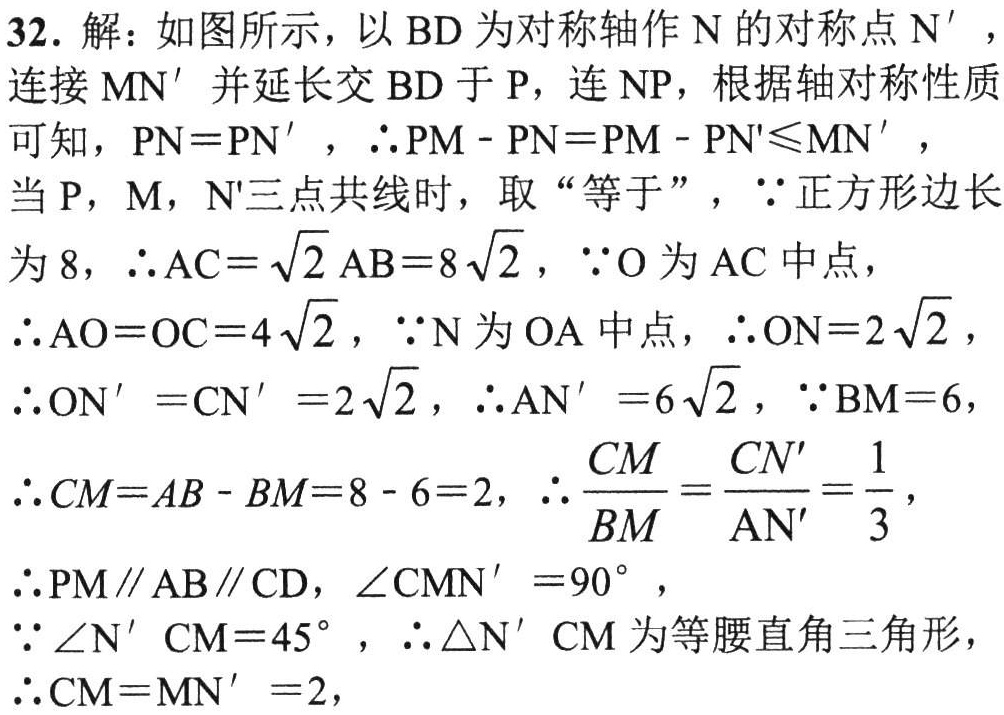
32. 解：如图所示，以 \(BD\) 为对称轴作 \(N\) 的对称点 \(N'\)，
连接 \(MN'\) 并延长交 \(BD\) 于 \(P\)，连 \(NP\)，根据轴对称性质
可知，\(PN = PN'\)，\(\therefore PM - PN=PM - PN'\leqslant MN'\)，
当 \(P\)，\(M\)，\(N'\)三点共线时，取“等于”，\(\because\)正方形边长
为 \(8\)，\(\therefore AC = \sqrt{2}AB = 8\sqrt{2}\)，\(\because O\) 为 \(AC\) 中点，
\(\therefore AO = OC = 4\sqrt{2}\)，\(\because N\) 为 \(OA\) 中点，\(\therefore ON = 2\sqrt{2}\)，
\(\therefore ON' = CN' = 2\sqrt{2}\)，\(\therefore AN' = 6\sqrt{2}\)，\(\because BM = 6\)，
\(\therefore CM = AB - BM = 8 - 6 = 2\)，\(\therefore \dfrac{CM}{BM}=\dfrac{CN'}{AN'}=\dfrac{1}{3}\)，
\(\therefore PM\parallel AB\parallel CD\)，\(\angle CMN' = 90^{\circ}\)，
\(\because\angle N'CM = 45^{\circ}\)，\(\therefore\triangle N'CM\) 为等腰直角三角形，
\(\therefore CM = MN' = 2\)，